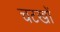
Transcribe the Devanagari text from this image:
चटखों